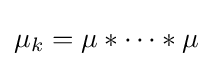
\mu _{k}=\mu *\cdots *\mu